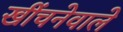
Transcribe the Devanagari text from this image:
खींचनेवाले